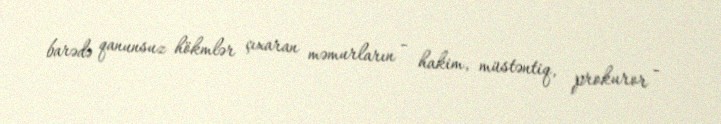
barədə qanunsuz hökmlər çıxaran məmurların - hakim, müstəntiq, prokuror -